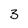
Character: 3